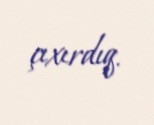
çıxırdıq.